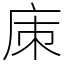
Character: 㢀